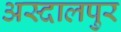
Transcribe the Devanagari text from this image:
अस्दालपुर